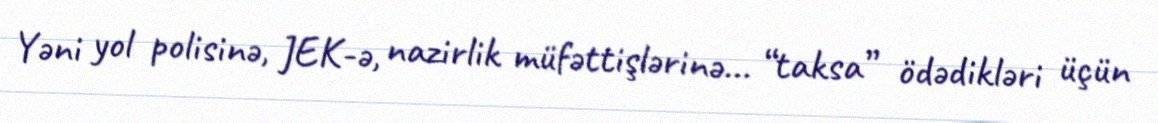
Yəni yol polisinə, JEK-ə, nazirlik müfəttişlərinə... “taksa” ödədikləri üçün